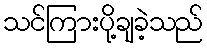
သင်ကြားပို့ချခဲ့သည်